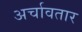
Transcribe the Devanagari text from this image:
अर्चावतार